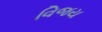
વિજય